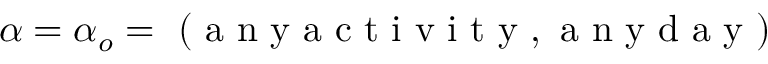
\alpha = \alpha _ { o } = \mathrm { ~ ( ~ a ~ n ~ y ~ a ~ c ~ t ~ i ~ v ~ i ~ t ~ y ~ , ~ a ~ n ~ y ~ d ~ a ~ y ~ ) ~ }